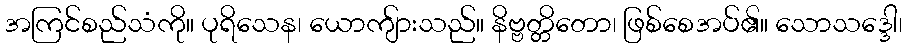
အကြင်စည်သံကို။ ပုရိသေန၊ ယောကျ်ားသည်။ နိဗ္ဗတ္တိတော၊ ဖြစ်စေအပ်၏။ သောသဒ္ဒေါ၊